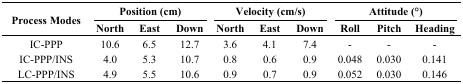
<table><thead><tr><td rowspan="2"><b>Process Modes</b></td><td colspan="3"><b>Position (cm)</b></td><td colspan="3"><b>Velocity (cm/s)</b></td><td colspan="3"><b>Attitude (°)</b></td></tr><tr><td><b>North</b></td><td><b>East</b></td><td><b>Down</b></td><td><b>North</b></td><td><b>East</b></td><td><b>Down</b></td><td><b>Roll</b></td><td><b>Pitch</b></td><td><b>Heading</b></td></tr></thead><tbody><tr><td>IC-PPP</td><td>10.6</td><td>6.5</td><td>12.7</td><td>3.6</td><td>4.1</td><td>7.4</td><td>-</td><td>-</td><td>-</td></tr><tr><td>IC-PPP/INS</td><td>4.0</td><td>5.3</td><td>10.7</td><td>0.8</td><td>0.6</td><td>0.9</td><td>0.048</td><td>0.030</td><td>0.141</td></tr><tr><td>LC-PPP/INS</td><td>4.9</td><td>5.5</td><td>10.6</td><td>0.9</td><td>0.7</td><td>0.9</td><td>0.052</td><td>0.030</td><td>0.146</td></tr></tbody></table>